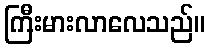
ကြီးမားလာလေသည်။